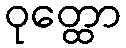
ဝုတ္ထော